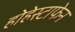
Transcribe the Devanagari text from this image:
होहेस्टाफेन